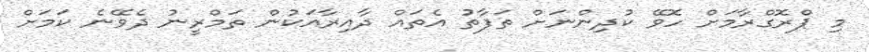
މި ޕްރޮގްރާމަށް ހޮވޭ ކުދިންނަށް ތަފާތު އެތައް ދާއިރާއަކުން ތަމްރީނު ދެވޭނެ ކަމަށް